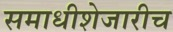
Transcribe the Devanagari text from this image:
समाधीशेजारीच